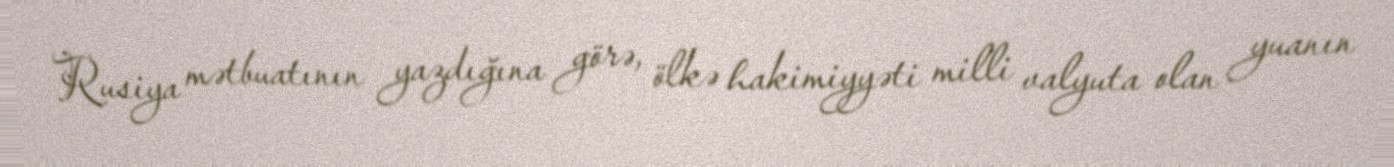
Rusiya mətbuatının yazdığına görə, ölkə hakimiyyəti milli valyuta olan yuanın